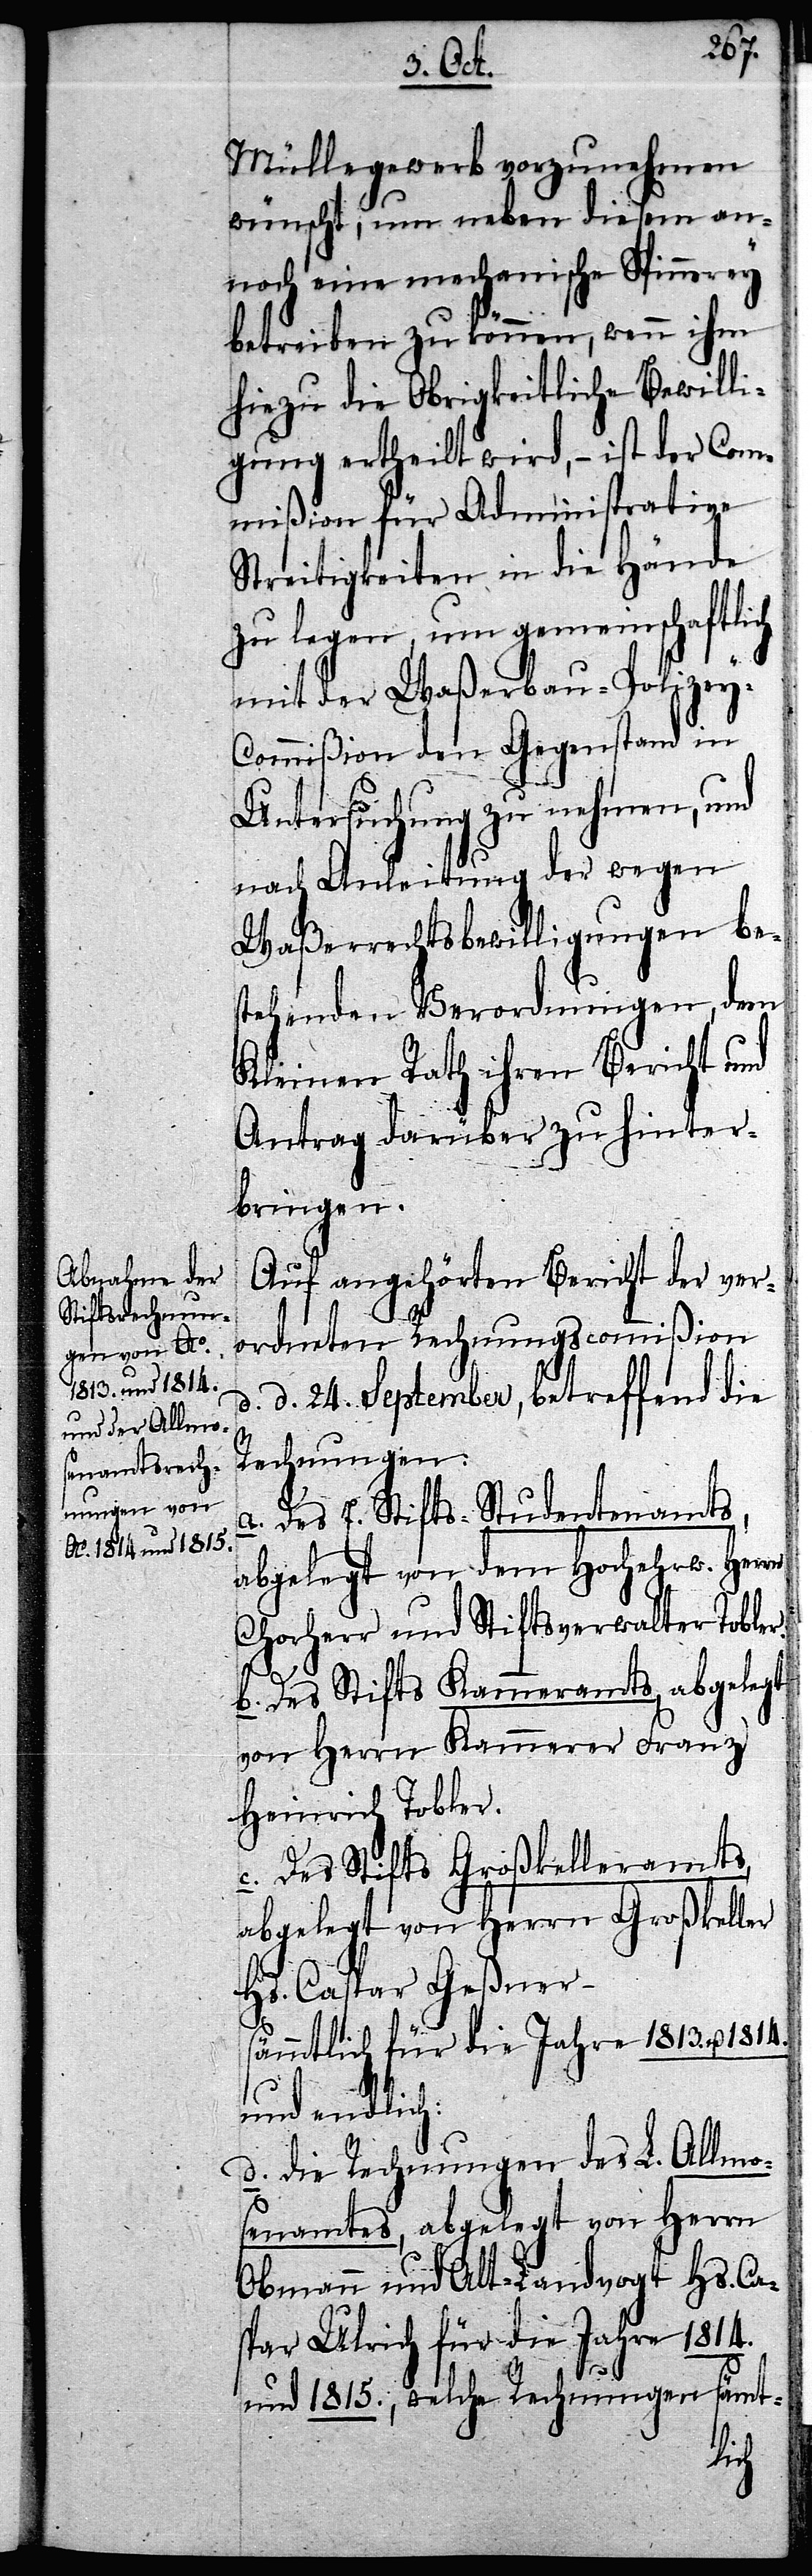
Müllegewerb vorzunehmen
wünscht, um neben diesem an¬
noch eine mechanische Spinnerey
betreiben zu können, wenn ihm
hiezu die Obrigkeitliche Bewilli¬
gung ertheilt wird, – ist der Com¬
mißion für Administrative
Streitigkeiten in die Hände
zu legen, um gemeinschaftlich
mit der Waßerbau-Polize¬
y-Commißion den Gegenstand in
Untersuchung zu nehmen, und
nach Anleitung der wegen
Waßerrechtsbewilligungen be¬
stehenden Verordnungen, dem
Kleinen Rath ihren Bericht und
Antrag darüber zu hinter¬
bringen.
Auf angehörten Bericht der ver¬
ordneten Rechnungscommißion
d. d. 24. September, betreffend die
Rechnungen:
a. des E. Stifts-Studentenamts,
abgelegt von dem Hochehrw. Herrn
Chorherr und Stiftsverwalter Tobler.
b. des Stifts Kammeramts, abgelegt
von Herrn Kammerer Franz
Heinrich Tobler.
c. des Stifts Großkelleramts,
abgelegt von Herrn Großkeller
Hs. Caspar Geßner –
sämmtlich für die Jahre 1813. u.
und endlich:
d. die Rechnungen des L. Allmo¬
senamtes, abgelegt von Herrn
Obmann und Alt-Landvogt Hs. Ca¬
spar Ulrich für die Jahre 1814.
und 1815., welche Rechnungen sämt-